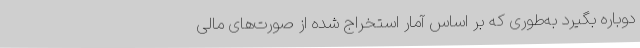
دوباره بگیرد به‌طوری که بر اساس آمار استخراج شده از صورت‌های مالی